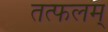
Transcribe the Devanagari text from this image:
तत्फलम्